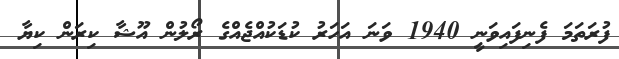
ފުރަތަމަ ފެނިފައިވަނީ 1940 ވަނަ އަހަރު ކުޑަކުއްޖެއްގެ ރޯލުން އޫޝާ ކިރަން ކިޔާ